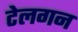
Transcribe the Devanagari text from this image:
टेलगन